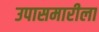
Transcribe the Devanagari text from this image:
उपासमारीला